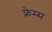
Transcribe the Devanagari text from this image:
फ़्रेम्स